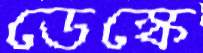
ডেস্কে